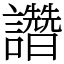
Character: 𧮂